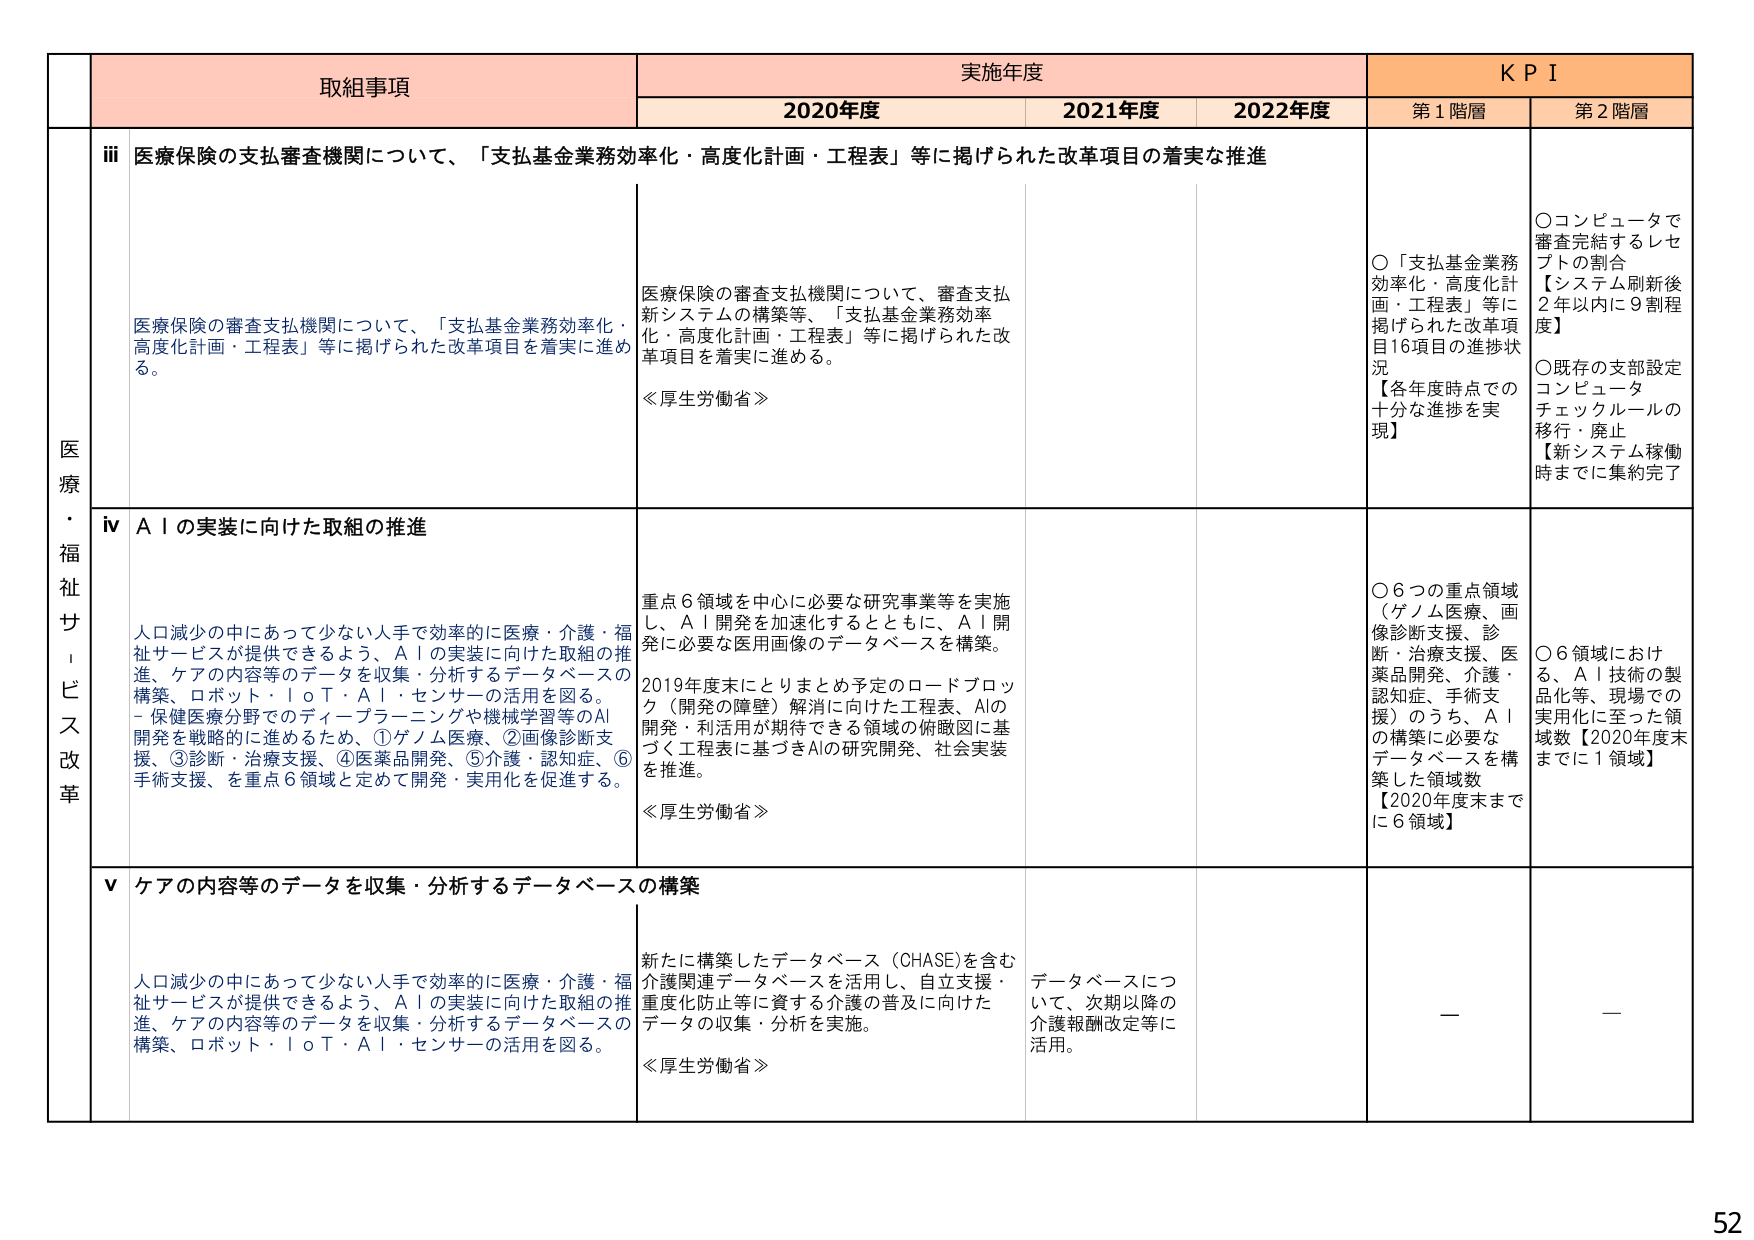
取組事項
実施年度
K P I
2020年度
2021年度
2022年度
第1階層
第2階層
医療・福祉サービス改革
ⅲ 医療保険の支払審査機関について、「支払基金業務効率化・高度化計画・工程表」等に掲げられた改革項目の着実な推進
医療保険の審査支払機関について、「支払基金業務効率化・高度化計画・工程表」等に掲げられた改革項目を着実に進める。
医療保険の審査支払機関について、審査支払新システムの構築等、「支払基金業務効率化・高度化計画・工程表」等に掲げられた改革項目を着実に進める。
≪厚生労働省≫
○「支払基金業務効率化・高度化計画・工程表」等に掲げられた改革項目16項目の進捗状況
【各年度時点での十分な進捗を実現】
○コンピュータで審査完結するレセプトの割合
【システム刷新後2年以内に9割程度】
○既存の支部設定コンピュータチェックルールの移行・廃止
【新システム稼働時までに集約完了
ⅳ ＡＩの実装に向けた取組の推進
人口減少の中であって少ない人手で効率的に医療・介護・福祉サービスが提供できるよう、ＡＩの実装に向けた取組の推進、ケアの内容等のデータを収集・分析するデータベースの構築、ロボット・ＩｏＴ・ＡＩ・センサーの活用を図る。
－保健医療分野でのディープラーニングや機械学習等のAI開発を戦略的に進めるため、①ゲノム医療、②画像診断支援、③診断・治療支援、④医薬品開発、⑤介護・認知症、⑥手術支援、を重点6領域と定めて開発・実用化を促進する。
重点6領域を中心に必要な研究事業等を実施し、ＡＩ開発を加速化するとともに、ＡＩ開発に必要な医用画像のデータベースを構築。
2019年度末にとりまとめ予定のロードブロック（開発の障壁）解消に向けた工程表、AIの開発・利活用が期待できる領域の俯瞰図に基づく工程表に基づきAIの研究開発、社会実装を推進。
≪厚生労働省≫
○6つの重点領域（ゲノム医療、画像診断支援、診断・治療支援、医薬品開発、介護・認知症、手術支援）のうち、ＡＩの構築に必要なデータベースを構築した領域数
【2020年度末までに6領域】
○6領域における、ＡＩ技術の製品化等、現場での実用化に至った領域数【2020年度末までに1領域】
ⅴ ケアの内容等のデータを収集・分析するデータベースの構築
人口減少の中であって少ない人手で効率的に医療・介護・福祉サービスが提供できるよう、ＡＩの実装に向けた取組の推進、ケアの内容等のデータを収集・分析するデータベースの構築、ロボット・ＩｏＴ・ＡＩ・センサーの活用を図る。
新たに構築したデータベース（CHASE)を含む介護関連データベースを活用し、自立支援・重度化防止等に資する介護の普及に向けたデータの収集・分析を実施。
≪厚生労働省≫
データベースについて、次期以降の介護報酬改定等に活用。
ー
ー
52